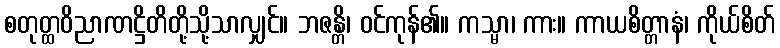
စတုတ္ထဝိညာဏဋ္ဌိတိတို့သို့သာလျှင်။ ဘဇန္တိ၊ ဝင်ကုန်၏။ ကသ္မာ၊ ကား။ ကာယစိတ္တာနံ၊ ကိုယ်စိတ်